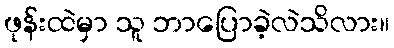
ဖုန်းထဲမှာ သူ ဘာပြောခဲ့လဲသိလား။